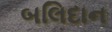
બલિદાન